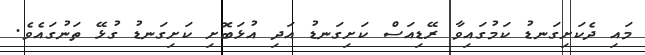
މައި ދެކަށިގަނޑު ކަމުގައިވާ ރޭޑިއަސް ކަށިގަނޑު އަދި އުޅަބޮށި ކަށިގަނޑު ގުޅޭ ތަނުގައެވެ.